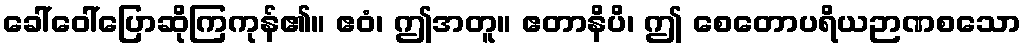
ခေါ်ဝေါ်ပြောဆိုကြကုန်၏။ ဧဝံ၊ ဤအတူ။ ဧတာနိပိ၊ ဤ စေတောပရိယဉာဏစသော